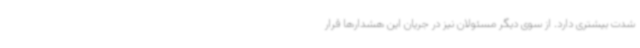
شدت بیشتری دارد. از سوی دیگر مسئولان نیز در جریان این هشدارها قرار